画像に写った文字を読んでください
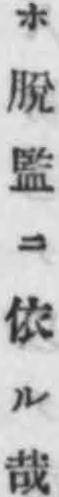
「ホ脫監ニ依ル哉」と書いてあります